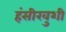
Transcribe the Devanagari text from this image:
हंसीखुशी